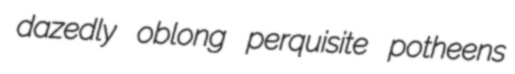
dazedly oblong perquisite potheens